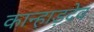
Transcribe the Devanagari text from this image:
कान्हाड़देव